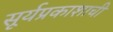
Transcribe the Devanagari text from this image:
सूर्यप्रकाशाची